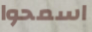
اسمحوا